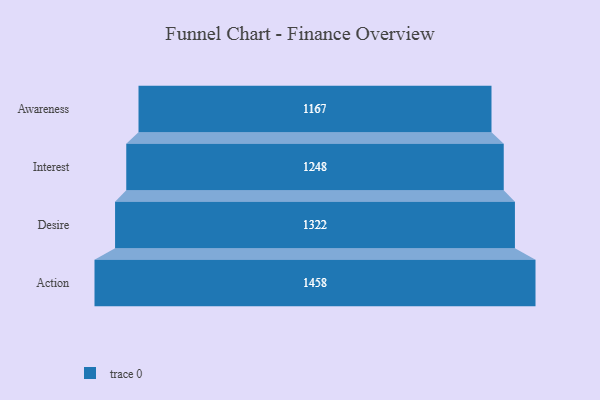
{"axis": {"x": "Stage", "y": "Value"}, "legend": [""], "data": [{"x": "Awareness", "y": 1167.0, "type": ""}, {"x": "Interest", "y": 1248.0, "type": ""}, {"x": "Desire", "y": 1322.0, "type": ""}, {"x": "Action", "y": 1458.0, "type": ""}]}